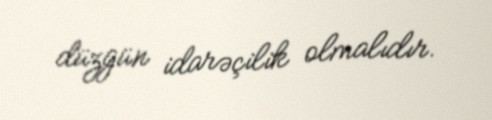
düzgün idarəçilik olmalıdır.